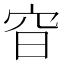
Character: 𡧼